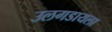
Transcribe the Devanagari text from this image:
उलगडायला